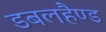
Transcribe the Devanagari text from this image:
डबलहैण्ड